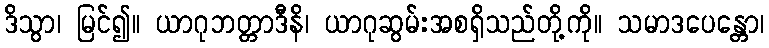
ဒိသွာ၊ မြင်၍။ ယာဂုဘတ္တာဒီနိ၊ ယာဂုဆွမ်းအစရှိသည်တို့ကို။ သမာဒပေန္တော၊